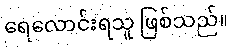
ရေလောင်းရသူ ဖြစ်သည်။